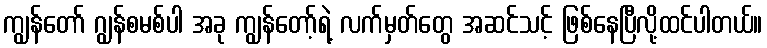
ကျွန်တော် ဂျွန်စမစ်ပါ အခု ကျွန်တော့်ရဲ့ လက်မှတ်တွေ အဆင်သင့် ဖြစ်နေပြီလို့ထင်ပါတယ်။